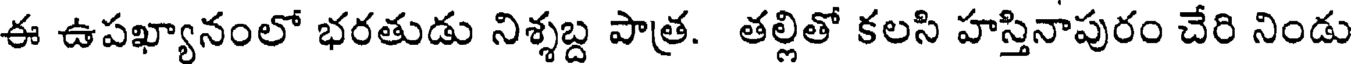
ఈ ఉపఖ్యానంలో భరతుడు నిశ్శబ్ద పాత్ర. తల్లితో కలసి హస్తినాపురం చేరి నిండు